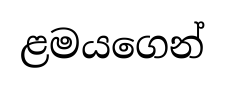
ළමයගෙන්